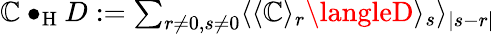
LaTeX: \textstyle\mathbb{C}\bullet_{\mathrm{{H}}}D:=\sum_{r\neq0,s\neq0}\langle\langle\mathbb{C}\rangle_{r}\langleD\rangle_{s}\rangle_{|s-r|}